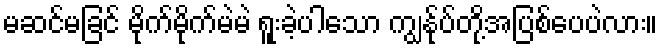
မဆင်မခြင် မိုက်မိုက်မဲမဲ ရူးခဲ့ပါသော ကျွန်ုပ်တို့အပြစ်ပေပဲလား။